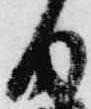
内